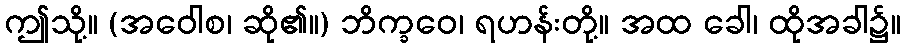
ဤသို့။ (အဝေါစ၊ ဆို၏။) ဘိက္ခဝေ၊ ရဟန်းတို့။ အထ ခေါ၊ ထိုအခါ၌။